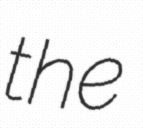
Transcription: the